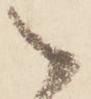
之